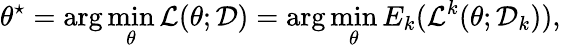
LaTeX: \theta^{\star}=\arg\operatorname*{min}_{\theta}\mathcal{L}(\theta;\mathcal{D})=\arg\operatorname*{min}_{\theta}E_{k}(\mathcal{L}^{k}(\theta;\mathcal{D}_{k})),